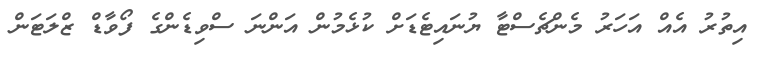
އިތުރު އެއް އަހަރު މެންޗެސްޓާ ޔުނައިޓެޑަށް ކުޅެމުން އަންނަ ސްވިޑެންގެ ފޯވާޑް ޒްލަޓަން